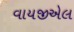
વાયજીએલ